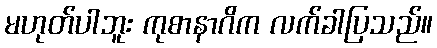
မဟုတ်ပါဘူး ကုစာနာဂိက လက်ခါပြသည်။